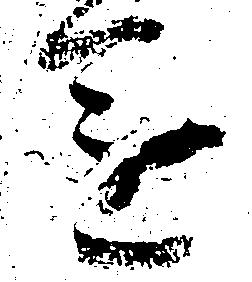
進